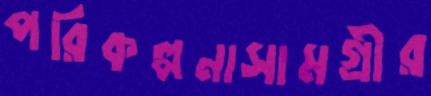
পরিকল্পনাসামগ্রীর